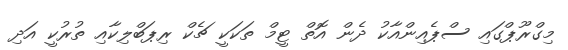
މިގްރޫޕްގައި ސްޕެއިންއާކު ދެން އޮތް ޓީމް ތަކަކީ ޗެކް ރިޕަބްލިކާއި ތުރުކީ އަދި